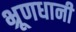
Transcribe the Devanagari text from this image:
भ्रूणधानी